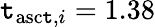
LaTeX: \mathtt{t}_{\mathrm{{asc\mathtt{t}}},i}=1.38